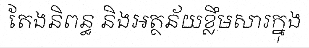
តែងនិពន្ធ និងអត្ថន័យខ្លឹមសារក្នុង